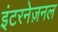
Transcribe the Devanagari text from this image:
इंटरनेज़नल